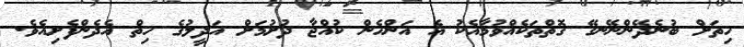
ހިތަށް ބުނެދޭންނޭނގޭ ގޮތްތަކެއްވުމާއެކު އެ އަންހެން ކުއްޖާ ދުށުމަށް އަދީލުގެ ހިތް އެދެންފެށިއެވެ.